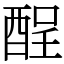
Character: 酲